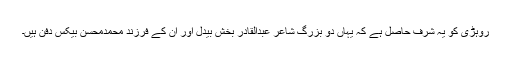
روہڑی کو یہ شرف حاصل ہے کہ یہاں دو بزرگ شاعر عبدالقادر بخش بیدلؒ اور اُن کے فرزند محمدمحسن بیکسؒ دفن ہیں۔